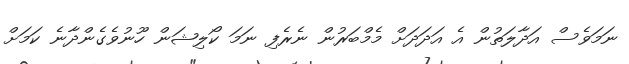
ނަމަވެސް އަދާލަތުން އެ އަދަދަށް މެމްބަރުން ނެރެފި ނަމަ ކޯލިޝަން ހޫނުވެގެންދާނެ ކަމަށް